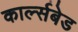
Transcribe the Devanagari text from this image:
कार्ल्सबेड